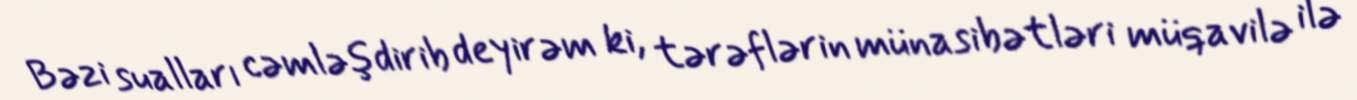
Bəzi sualları cəmləşdirib deyirəm ki, tərəflərin münasibətləri müqavilə ilə